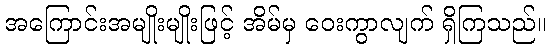
အကြောင်းအမျိုးမျိုးဖြင့် အိမ်မှ ဝေးကွာလျက် ရှိကြသည်။